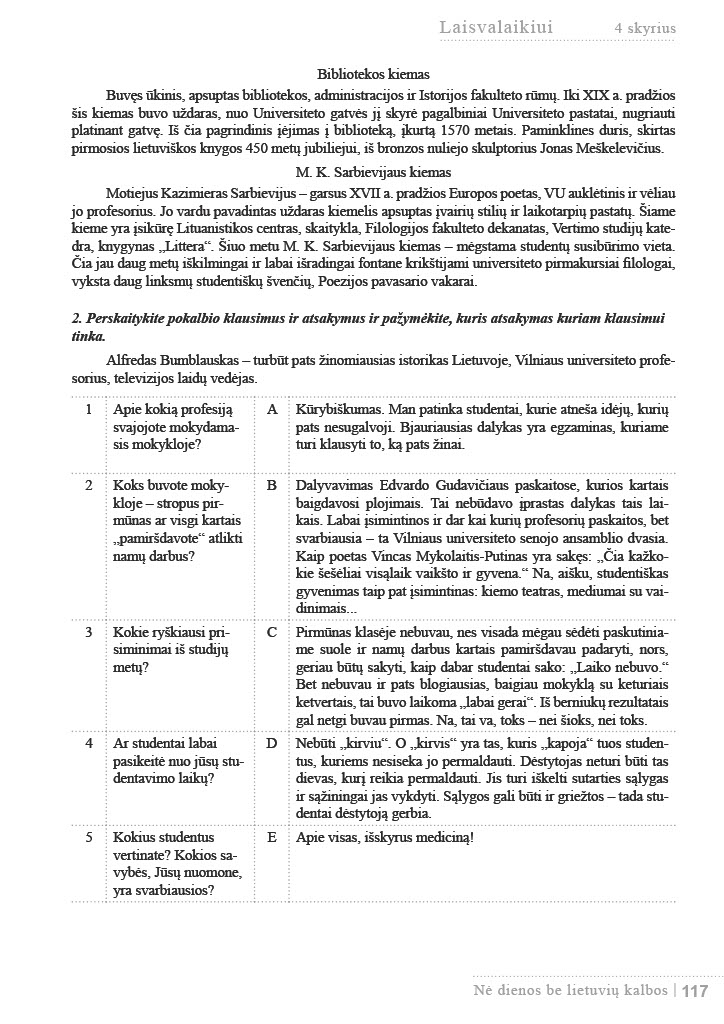
Language: lt